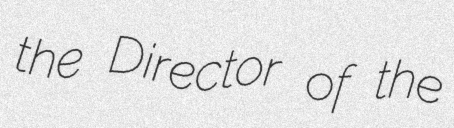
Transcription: the Director of the